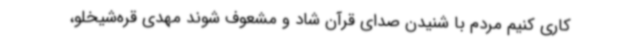
کاری کنیم مردم با شنیدن صدای قرآن شاد و مشعوف شوند مهدی قره‌شیخلو،